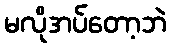
မလိုအပ်တော့ဘဲ